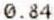
0.84